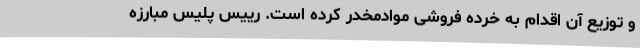
و توزیع آن اقدام به خرده فروشی موادمخدر کرده است. رییس پلیس مبارزه